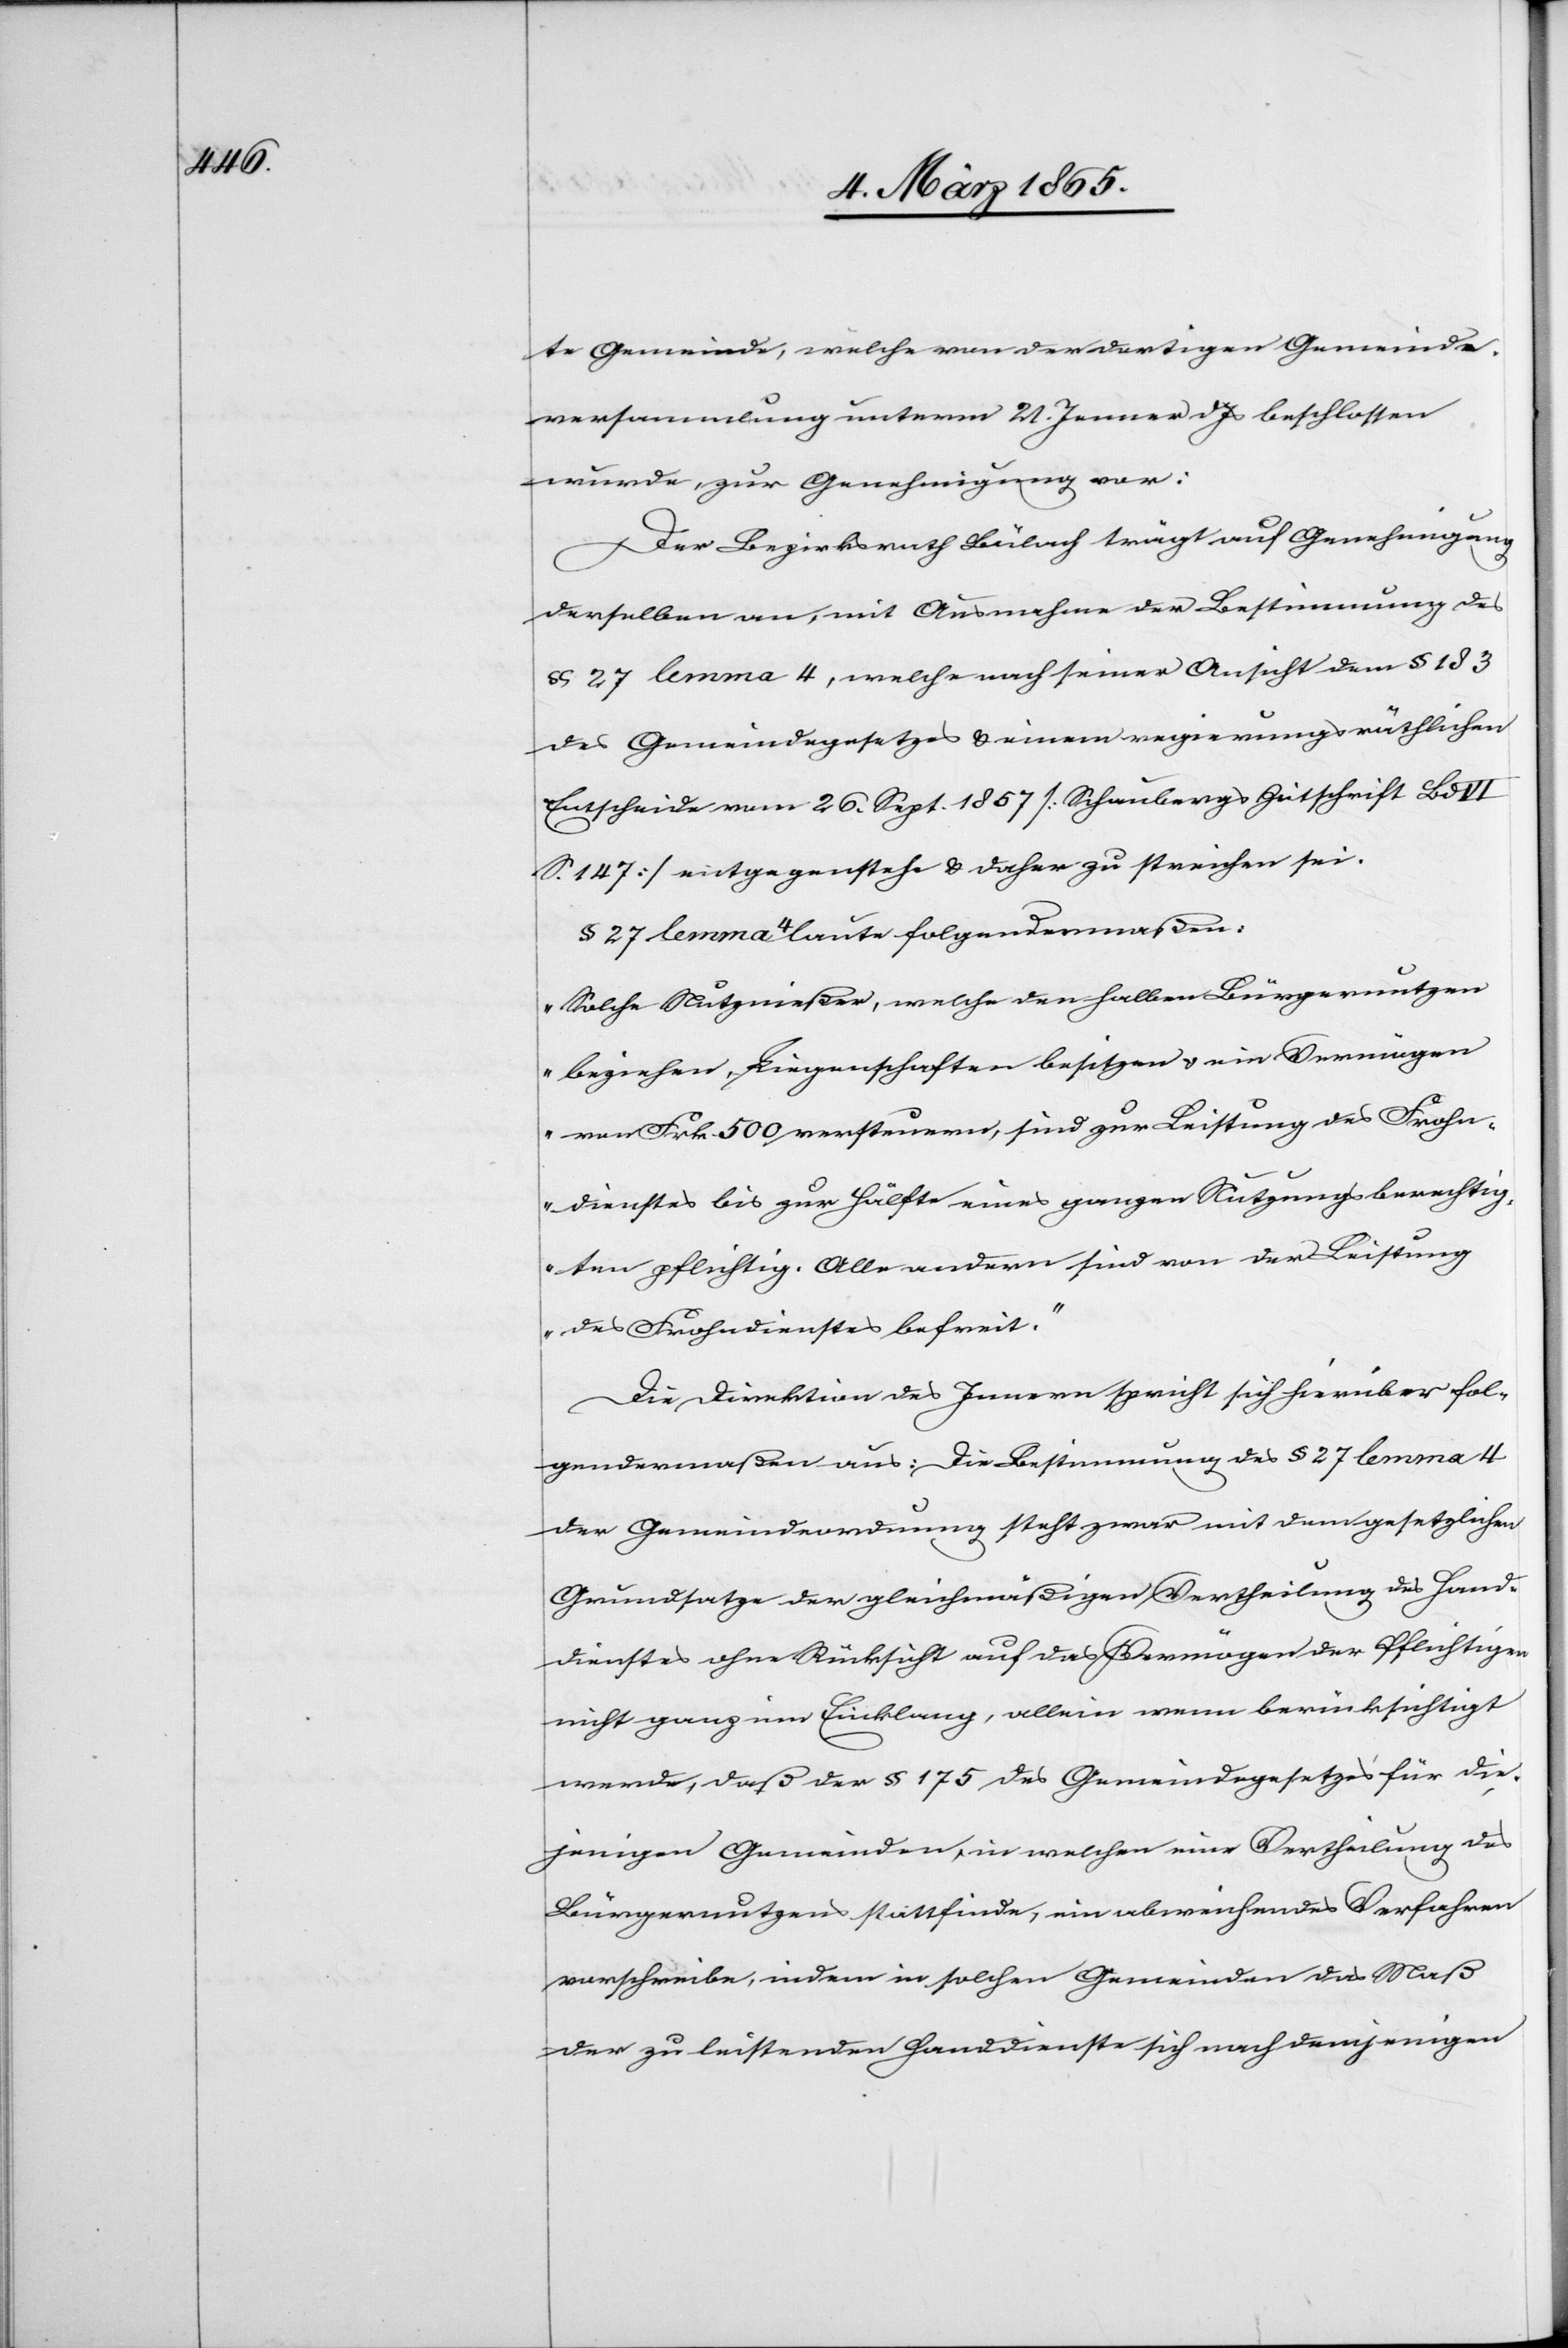
te Gemeinde, welche von der dortigen Gemeinde¬
versammlung unterm 21. Jenner d Js beschlossen
wurde, zur Genehmigung vor:
Der Bezirksrath Bülach trägt auf Genehmigung
derselben an, mit Ausnahme der Bestimmung des
§ 27 lemma 4, welche nach seiner Ansicht dem § 183
des Gemeindegesetzes u. einem regierungsräthlichen
Entscheide vom 26. Sept. 1857 [Schaubergs Zeitschrift Bd
S. 147] entgegenstehe u. daher zu streichen sei.
§ 27 lemma 4 laute folgendermaßen:
„Solche Nutznießer, welche den halben Bürgernutzen
beziehen, Liegenschaften besitzen u. ein Vermögen
von Frk. 500 versteuern, sind zur Leistung des Frohn¬
dienstes bis zur Hälfte eines ganzen Nutzungsberechtig¬
ten pflichtig. Alle andern sind von der Leistung
des Frohndienstes befreit.“
Die Direktion des Innern spricht sich hierüber fol¬
gendermaßen aus: Die Bestimmung des § 27 lemma 4
der Gemeindeordnung steht zwar mit dem gesetzlichen
Grundsatze der gleichmäßigen Vertheilung des Hand¬
dienstes ohne Rücksicht auf das Vermögen der Pflichtigen
nicht ganz im Einklang, allein wenn berücksichtigt
werde, daß der § 175 des Gemeindegesetzes für die¬
jenigen Gemeinden, in welchen eine Vertheilung des
Bürgernutzens stattfinde, ein abweichendes Verfahren
vorschreibe, indem in solchen Gemeinden das Maß
der zu leistenden Handdienste sich nach demjenigen